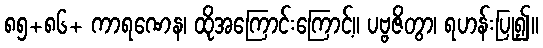
၈၅+၈၆+ ကာရဏေန၊ ထိုအကြောင်းကြောင့်။ ပဗ္ဗဇိတွာ၊ ရဟန်းပြု၍။